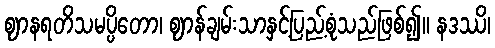
ဈာနရတိသမပ္ပိတော၊ ဈာန်ချမ်းသာနှင့်ပြည့်စုံသည်ဖြစ်၍။ နဒဿိ၊